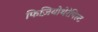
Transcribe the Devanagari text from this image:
फिज़ियोथेरेपिस्ट